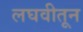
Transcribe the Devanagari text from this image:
लघवीतून